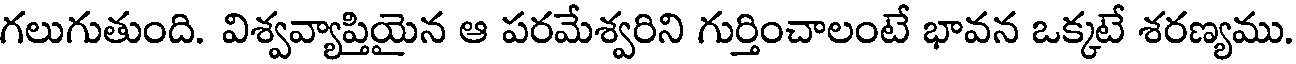
గలుగుతుంది. విశ్వవ్యాప్తియైన ఆ పరమేశ్వరిని గుర్తించాలంటే భావన ఒక్కటే శరణ్యము.